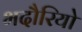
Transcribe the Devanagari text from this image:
भदौरियो